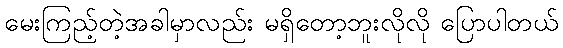
မေးကြည့်တဲ့အခါမှာလည်း မရှိတော့ဘူးလိုလို ပြောပါတယ်